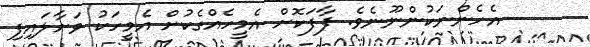
އެހެންނަކުންނޫނެވެ. ފާފަކޮށް އެމީހެއްގެކުށް އެމީހަކު ވަށާލައިފި